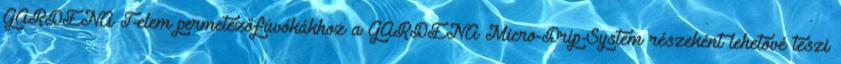
GARDENA T-elem permetezőfúvókákhoz a GARDENA Micro-Drip-System részeként lehetővé teszi